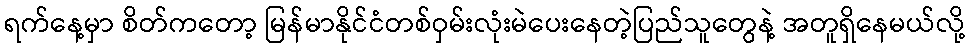
ရက်နေ့မှာ စိတ်ကတော့ မြန်မာနိုင်ငံတစ်ဝှမ်းလုံးမဲပေးနေတဲ့ပြည်သူတွေနဲ့ အတူရှိနေမယ်လို့